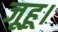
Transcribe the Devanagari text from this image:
जूहू।